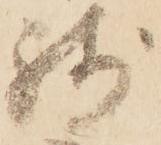
残